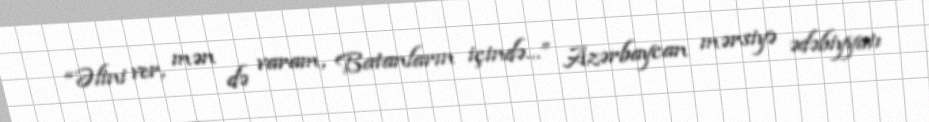
“Əlini ver, mən də varam, Batanların içində…” Azərbaycan mərsiyə ədəbiyyatı